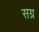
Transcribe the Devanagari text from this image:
सग्र